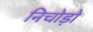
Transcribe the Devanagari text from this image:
निचोड़ो